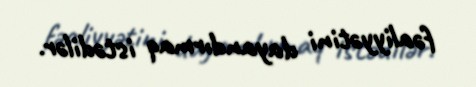
fəaliyyətini dayandırmaq istədilər.